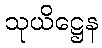
သုယိဋ္ဌေန